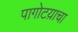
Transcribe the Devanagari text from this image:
पागोटय़ाचा